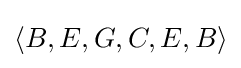
\langle B,E,G,C,E,B\rangle